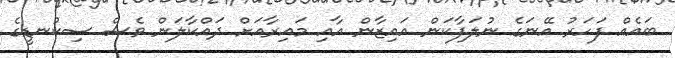
ބައެއް ފަހަރު އޭނަގެ ނުލަފާކަން އައިޒާން އާއި މައިރާއަށް ދައްކާލަން ވެސް ސިކުނޑީގެ